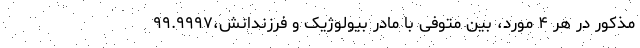
مذکور در هر ۴ مورد، بین متوفی با مادر بیولوژیک و فرزندانش،۹۹.۹۹۹۷